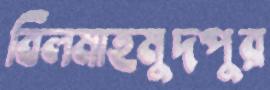
বিলমাহমুদপুর